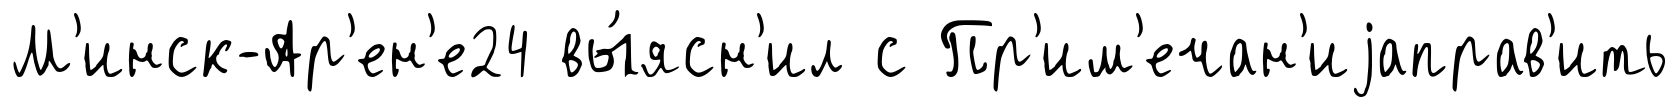
М'инск-Ар'ен'е24 вы́ясн'ил с Пр'им'ечан'иjаправ'ить